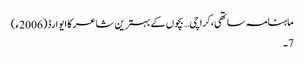
ماہنامہ ساتھی،کراچی… بچوں کے بہترین شاعر کا ایوارڈ(2006ء)
7۔